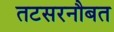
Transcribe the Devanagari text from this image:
तटसरनौबत